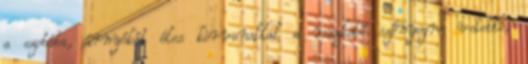
a szobába, árnyékát éles körvonallal a reszkető szőnyegre vetette;